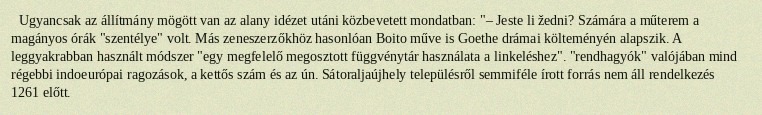
Ugyancsak az állítmány mögött van az alany idézet utáni közbevetett mondatban: "– Jeste li žedni? Számára a műterem a magányos órák "szentélye" volt. Más zeneszerzőkhöz hasonlóan Boito műve is Goethe drámai költeményén alapszik. A leggyakrabban használt módszer "egy megfelelő megosztott függvénytár használata a linkeléshez". "rendhagyók" valójában mind régebbi indoeurópai ragozások, a kettős szám és az ún. Sátoraljaújhely településről semmiféle írott forrás nem áll rendelkezés 1261 előtt.